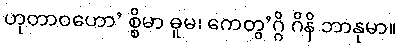
ဟုတာဝဟော’ စ္စိမာ ဓူမ၊ ကေတွ’ဂ္ဂိ ဂိနိ ဘာနုမာ။